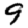
Digit: 9